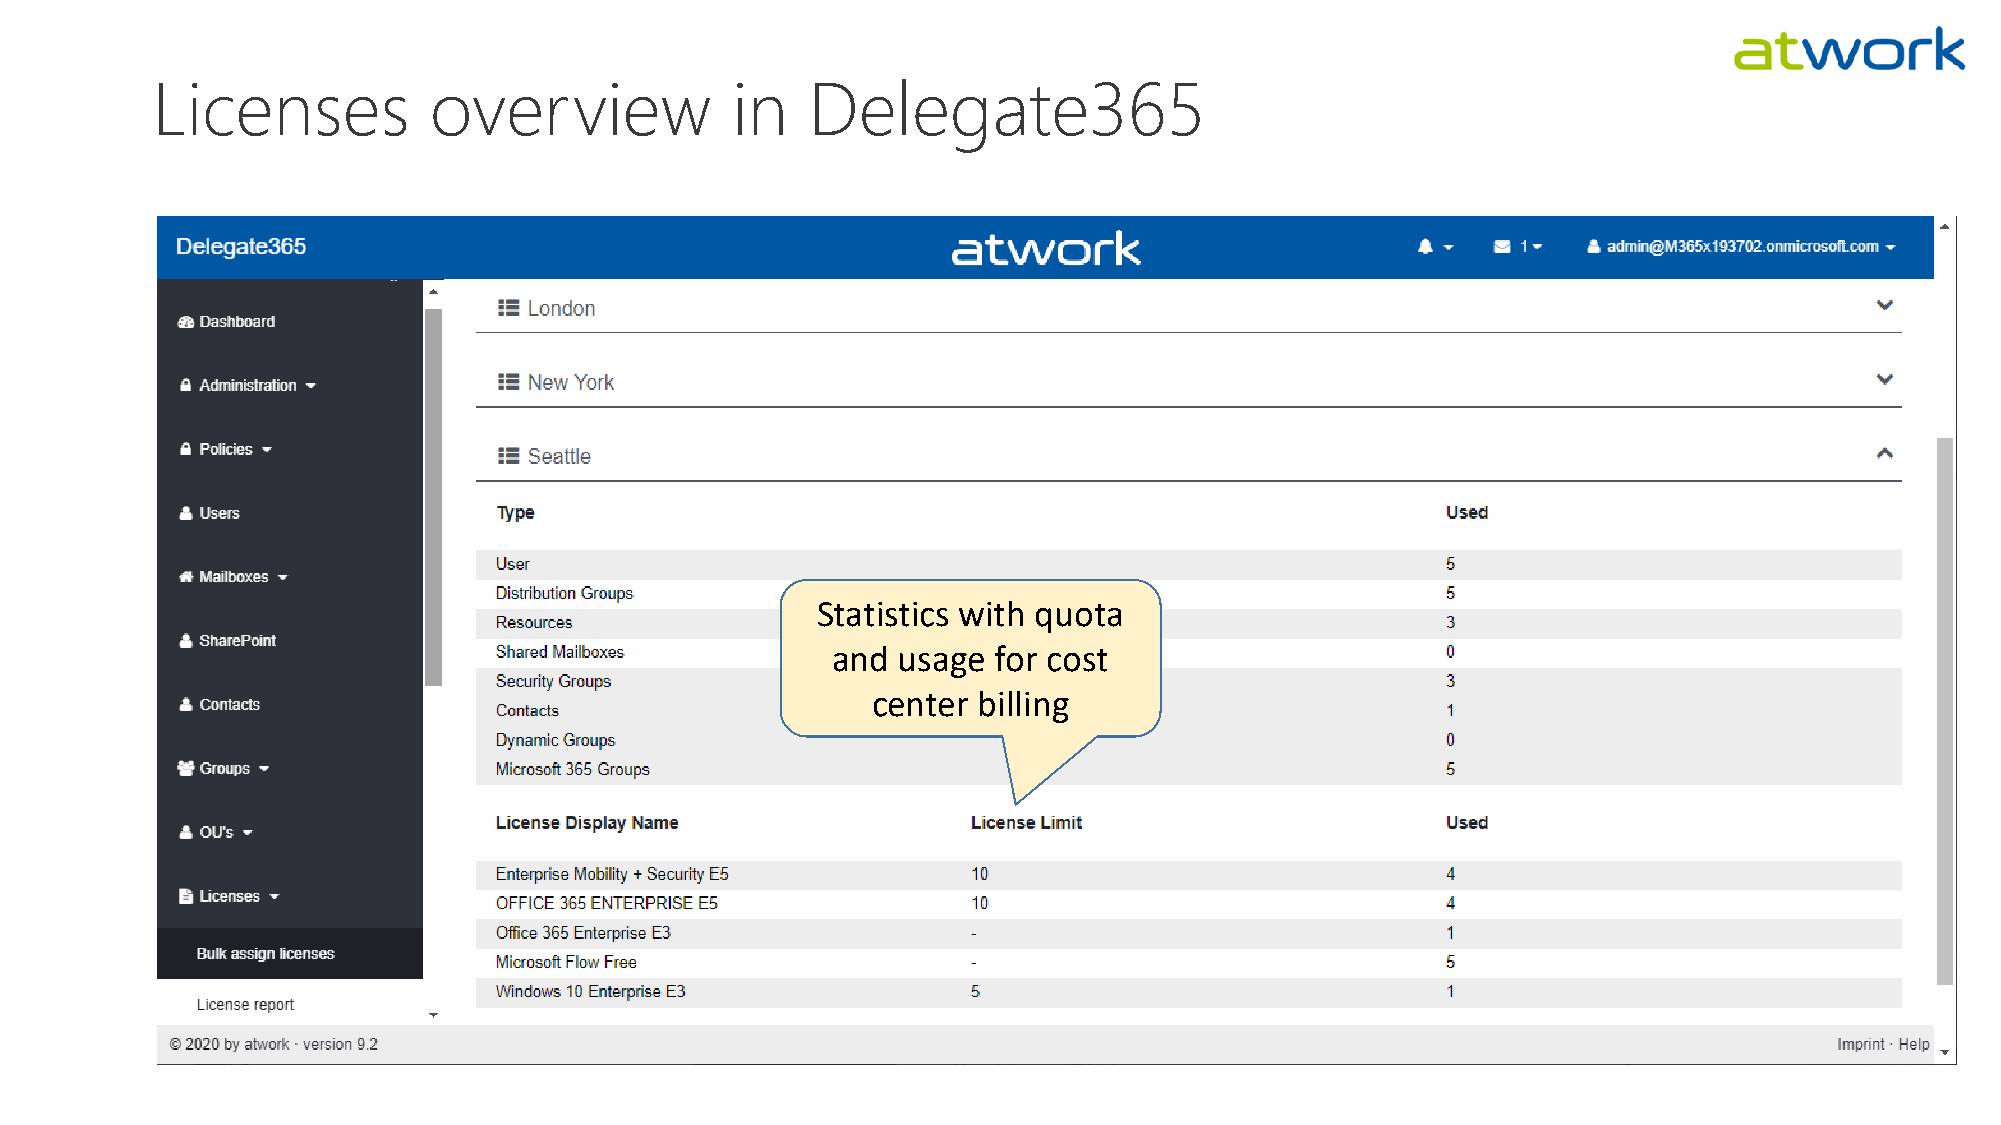
Licenses          overview            in   Delegate365
 Statistics with quota
 and usage  for cost
 center billing